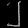
Digit: ၂